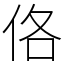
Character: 佫